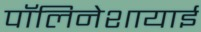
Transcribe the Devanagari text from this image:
पॉलिनेशायाई